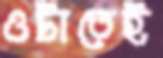
ওটাতেই